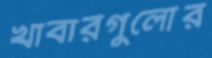
খাবারগুলোর